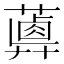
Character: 𦿥